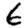
Digit: 6